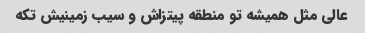
عالی مثل همیشه تو منطقه پیتزاش و سیب زمینیش تکه